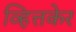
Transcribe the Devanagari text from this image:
व्हित्तकेर